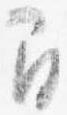
間